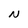
Character: N